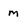
Character: m